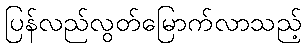
ပြန်လည်လွတ်မြောက်လာသည့်